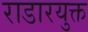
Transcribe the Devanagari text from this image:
राडारयुक्त